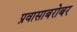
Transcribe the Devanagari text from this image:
प्रवासाबरोबर